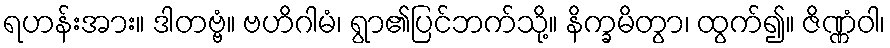
ရဟန်းအား။ ဒါတဗ္ဗံ။ ဗဟိဂါမံ၊ ရွာ၏ပြင်ဘက်သို့။ နိက္ခမိတွာ၊ ထွက်၍။ ဇိဏ္ဏံဝါ၊